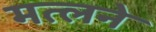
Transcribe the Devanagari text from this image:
मत्लने